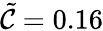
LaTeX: \tilde{\mathcal{C}}=0.16